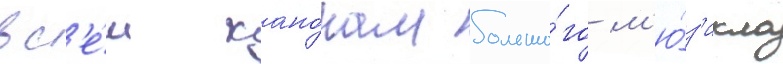
вс'е́м кано́нам большо́го м'ю́з'икла